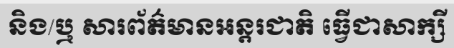
និង/ឬ សារព័ត៌មានអន្តរជាតិ ធ្វើជាសាក្សី